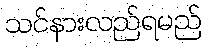
သင်နားလည်ရမည်